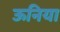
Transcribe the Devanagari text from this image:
ऊनिया